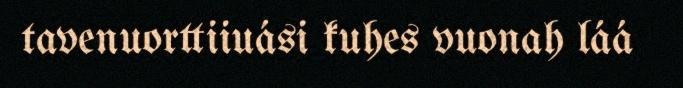
tavenuorttiiuási kuhes vuonah láá